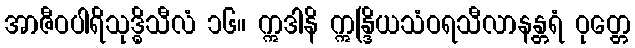
အာဇီဝပါရိသုဒ္ဓိသီလံ ၁၆။ ဣဒါနိ ဣန္ဒြိယသံဝရသီလာနန္တရံ ဝုတ္တေ